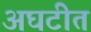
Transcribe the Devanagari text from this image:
अघटीत